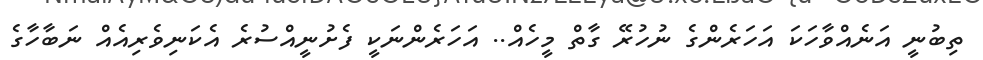
ތިބުނީ އަނެއްވާހަކަ އަހަރެންގެ ނުހުރޭ ގާތް މީހެއް.. އަހަރެންނަކީ ފެށުނީއްސުރެ އެކަނިވެރިއެއް ނަބާހާގެ